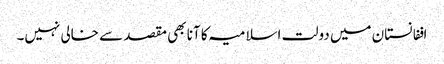
اففانستان میں دولت اسلامیہ کا آنا بھی مقصد سے خالی نہیں۔